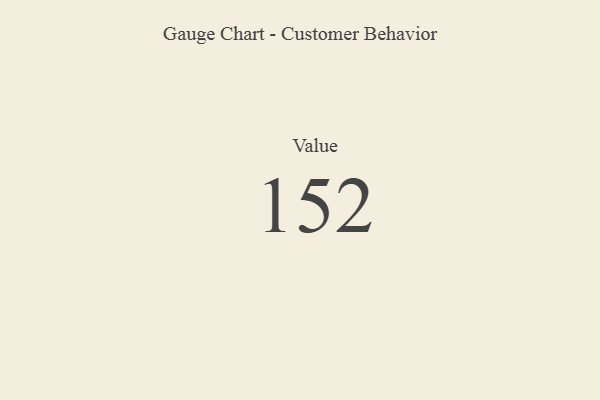
{"axis": {"x": "Metric", "y": "Value"}, "legend": [""], "data": [{"x": "Value", "y": 152, "type": ""}]}